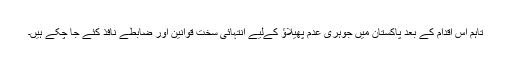
تاہم اس اقدام کے بعد پاکستان میں جوہری عدم پھیلاؤ کےلیے انتہائی سخت قوانین اور ضابطے نافذ کئے جا چکے ہیں۔